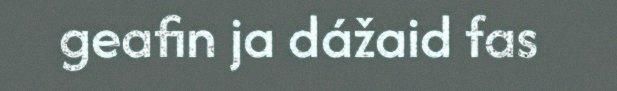
geafin ja dážaid fas